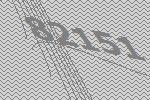
82151